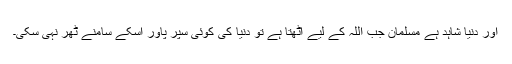
اور دنیا شاہد ہے مسلمان جب اللہ کے لیے اٹھتا ہے تو دنیا کی کوئی سپر پاور اسکے سامنے ٹھر نہی سکی۔